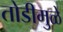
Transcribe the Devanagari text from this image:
तोडीमुळे